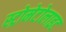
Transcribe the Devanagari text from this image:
स्ट्रोमेटोलाइट